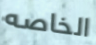
الخاصه